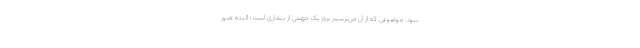
نبود. موضوعی که از آن می‌ترسیم بروز یک جهش از بیماری است؛ البته هنوز